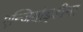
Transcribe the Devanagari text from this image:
एन्जियोइडीमा